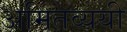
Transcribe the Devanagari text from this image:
अमितव्ययी